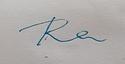
Signature authenticity: forged